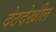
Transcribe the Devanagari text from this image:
देठदेखील